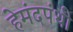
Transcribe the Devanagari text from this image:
हेमंदपंथी